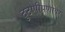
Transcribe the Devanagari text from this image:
दुटप्पीपणावर